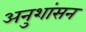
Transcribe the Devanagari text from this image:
अनुशांसन